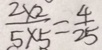
\frac { 2 \times 2 } { 5 \times 5 } = \frac { 4 } { 2 5 }